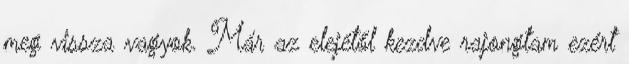
meg vissza vagyok. Már az elejétől kezdve rajongtam ezért